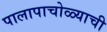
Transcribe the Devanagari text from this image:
पालापाचोळ्याची